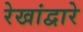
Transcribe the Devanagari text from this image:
रेखांद्वारे